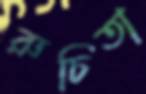
রুচিতা